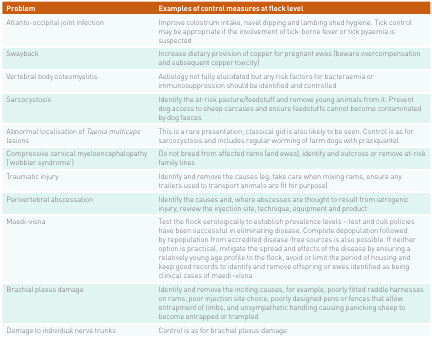
<table><thead><tr><td><b>Problem</b></td><td><b>Examples of control measures at flock level</b></td></tr></thead><tbody><tr><td>Atlanto-occipital joint infection</td><td>Improve colostrum intake, navel dipping and lambing shed hygiene. Tick control may be appropriate if the involvement of tick-borne fever or tick pyaemia is suspected</td></tr><tr><td>Swayback</td><td>Increase dietary provision of copper for pregnant ewes (beware overcompensation and subsequent copper toxicity)</td></tr><tr><td>Vertebral body osteomyelitis</td><td>Aetiology not fully elucidated but any risk factors for bacteraemia or immunosuppression should be identified and controlled</td></tr><tr><td>Sarcocystosis</td><td>Identify the at-risk pasture/feedstuff and remove young animals from it. Prevent dog access to sheep carcases and ensure feedstuffs cannot become contaminated by dog faeces</td></tr><tr><td>Abnormal localisation of <i>Taenia multiceps</i> lesions</td><td>This is a rare presentation; classical gid is also likely to be seen. Control is as for sarcocystosis and includes regular worming of farm dogs with praziquantel</td></tr><tr><td>Compressive cervical myeloencephalopathy (‘wobbler syndrome’)</td><td>Do not breed from affected rams (and ewes), identify and outcross or remove at-risk family lines</td></tr><tr><td>Traumatic injury</td><td>Identify and remove the causes (eg, take care when mixing rams, ensure any trailers used to transport animals are fit for purpose)</td></tr><tr><td>Perivertebral abscessation</td><td>Identify the causes and, where abscesses are thought to result from iatrogenic injury, review the injection site, technique, equipment and product</td></tr><tr><td>Maedi-visna</td><td>Test the flock serologically to establish prevalence levels – test and cull policies have been successful in eliminating disease. Complete depopulation followed by repopulation from accredited disease-free sources is also possible. If neither option is practical, mitigate the spread and effects of the disease by ensuring a relatively young age profile to the flock, avoid or limit the period of housing and keep good records to identify and remove offspring or ewes identified as being clinical cases of maedi–visna</td></tr><tr><td>Brachial plexus damage</td><td>Identify and remove the inciting causes, for example, poorly fitted raddle harnesses on rams, poor injection site choice, poorly designed pens or fences that allow entrapment of limbs, and unsympathetic handling causing panicking sheep to become entrapped or trampled</td></tr><tr><td>Damage to individual nerve trunks</td><td>Control is as for brachial plexus damage</td></tr></tbody></table>